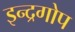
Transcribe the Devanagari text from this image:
इन्द्रगोप